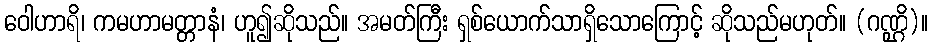
ဝေါဟာရိ၊ ကမဟာမတ္တာနံ၊ ဟူ၍ဆိုသည်။ အမတ်ကြီး ရှစ်ယောက်သာရှိသောကြောင့် ဆိုသည်မဟုတ်။ (ဂဏ္ဌိ)။